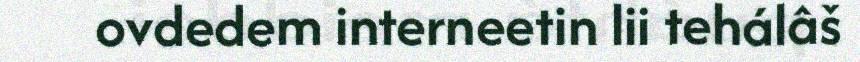
ovdedem interneetin lii tehálâš